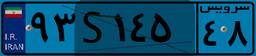
۹۳S۱۴۵۴۸